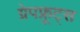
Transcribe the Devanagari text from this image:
ग्रेपफ्रूट्स